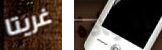
غريتا للعيادة